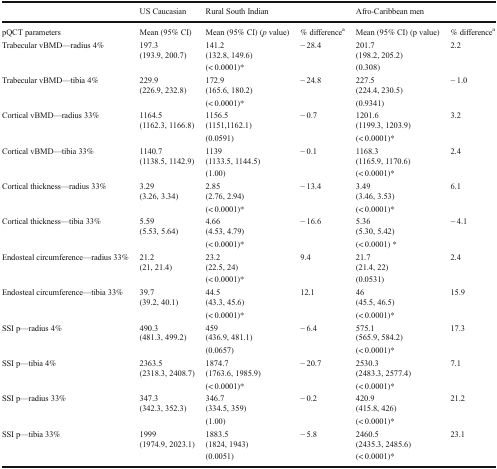
<table><thead><tr><td></td><td><b>US Caucasian</b></td><td colspan="2"><b>Rural South Indian</b></td><td colspan="2"><b>Afro-Caribbean men</b></td></tr></thead><tbody><tr><td>pQCT parameters</td><td>Mean (95% CI)</td><td>Mean (95% CI) (<i>p</i> value)</td><td>% difference<sup>a</sup></td><td>Mean (95% CI) (p value)</td><td>% difference<sup>a</sup></td></tr><tr><td rowspan="3">Trabecular vBMD—radius 4%</td><td>197.3</td><td>141.2</td><td rowspan="3">− 28.4</td><td>201.7</td><td rowspan="3">2.2</td></tr><tr><td rowspan="2">(193.9, 200.7)</td><td>(132.8, 149.6)</td><td>(198.2, 205.2)</td></tr><tr><td>(&lt; 0.0001)*</td><td>(0.308)</td></tr><tr><td rowspan="3">Trabecular vBMD—tibia 4%</td><td>229.9</td><td>172.9</td><td rowspan="3">− 24.8</td><td>227.5</td><td rowspan="3">− 1.0</td></tr><tr><td rowspan="2">(226.9, 232.8)</td><td>(165.6, 180.2)</td><td>(224.4, 230.5)</td></tr><tr><td>(&lt; 0.0001)*</td><td>(0.9341)</td></tr><tr><td rowspan="3">Cortical vBMD—radius 33%</td><td>1164.5</td><td>1156.5</td><td rowspan="3">− 0.7</td><td>1201.6</td><td rowspan="3">3.2</td></tr><tr><td rowspan="2">(1162.3, 1166.8)</td><td>(1151,1162.1)</td><td>(1199.3, 1203.9)</td></tr><tr><td>(0.0591)</td><td>(&lt; 0.0001)*</td></tr><tr><td rowspan="3">Cortical vBMD—tibia 33%</td><td>1140.7</td><td>1139</td><td rowspan="3">− 0.1</td><td>1168.3</td><td rowspan="3">2.4</td></tr><tr><td rowspan="2">(1138.5, 1142.9)</td><td>(1133.5, 1144.5)</td><td>(1165.9, 1170.6)</td></tr><tr><td>(1.00)</td><td>(&lt; 0.0001)*</td></tr><tr><td rowspan="3">Cortical thickness—radius 33%</td><td>3.29</td><td>2.85</td><td rowspan="3">− 13.4</td><td>3.49</td><td rowspan="3">6.1</td></tr><tr><td rowspan="2">(3.26, 3.34)</td><td>(2.76, 2.94)</td><td>(3.46, 3.53)</td></tr><tr><td>(&lt; 0.0001)*</td><td>(&lt; 0.0001)*</td></tr><tr><td rowspan="3">Cortical thickness—tibia 33%</td><td>5.59</td><td>4.66</td><td rowspan="3">− 16.6</td><td>5.36</td><td rowspan="3">− 4.1</td></tr><tr><td rowspan="2">(5.53, 5.64)</td><td>(4.53, 4.79)</td><td>(5.30, 5.42)</td></tr><tr><td>(&lt; 0.0001)*</td><td>(&lt; 0.0001) *</td></tr><tr><td rowspan="3">Endosteal circumference—radius 33%</td><td>21.2</td><td>23.2</td><td rowspan="3">9.4</td><td>21.7</td><td rowspan="3">2.4</td></tr><tr><td rowspan="2">(21, 21.4)</td><td>(22.5, 24)</td><td>(21.4, 22)</td></tr><tr><td>(&lt; 0.0001)*</td><td>(0.0531)</td></tr><tr><td rowspan="3">Endosteal circumference—tibia 33%</td><td>39.7</td><td>44.5</td><td rowspan="3">12.1</td><td>46</td><td rowspan="3">15.9</td></tr><tr><td rowspan="2">(39.2, 40.1)</td><td>(43.3, 45.6)</td><td>(45.5, 46.5)</td></tr><tr><td>(&lt; 0.0001)*</td><td>(&lt; 0.0001)*</td></tr><tr><td rowspan="3">SSI p—radius 4%</td><td>490.3</td><td>459</td><td rowspan="3">− 6.4</td><td>575.1</td><td rowspan="3">17.3</td></tr><tr><td rowspan="2">(481.3, 499.2)</td><td>(436.9, 481.1)</td><td>(565.9, 584.2)</td></tr><tr><td>(0.0657)</td><td>(&lt; 0.0001)*</td></tr><tr><td rowspan="3">SSI p—tibia 4%</td><td>2363.5</td><td>1874.7</td><td rowspan="3">− 20.7</td><td>2530.3</td><td rowspan="3">7.1</td></tr><tr><td rowspan="2">(2318.3, 2408.7)</td><td>(1763.6, 1985.9)</td><td>(2483.3, 2577.4)</td></tr><tr><td>(&lt; 0.0001)*</td><td>(&lt; 0.0001)*</td></tr><tr><td rowspan="3">SSI p—radius 33%</td><td>347.3</td><td>346.7</td><td rowspan="3">− 0.2</td><td>420.9</td><td rowspan="3">21.2</td></tr><tr><td rowspan="2">(342.3, 352.3)</td><td>(334.5, 359)</td><td>(415.8, 426)</td></tr><tr><td>(1.00)</td><td>(&lt; 0.0001)*</td></tr><tr><td rowspan="3">SSI p—tibia 33%</td><td>1999</td><td>1883.5</td><td rowspan="3">− 5.8</td><td>2460.5</td><td rowspan="3">23.1</td></tr><tr><td rowspan="2">(1974.9, 2023.1)</td><td>(1824, 1943)</td><td>(2435.3, 2485.6)</td></tr><tr><td>(0.0051)</td><td>(&lt; 0.0001)*</td></tr></tbody></table>